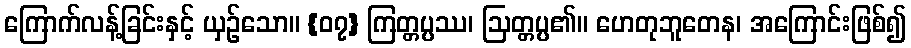
ကြောက်လန့်ခြင်းနှင့် ယှဉ်သော။ {၀၇} ကြတ္တပ္ပဿ၊ ဩတ္တပ္ပ၏။ ဟေတုဘူတေန၊ အကြောင်းဖြစ်၍